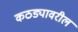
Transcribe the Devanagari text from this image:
कठड्यावरील